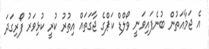
އެ ޖަމާއަތުން ބުނެފައިވަނީ ވޯލްޑް ކަޕްގެ ޖާގަތައް އިތުރު ކުރީ ކުޅިވަރު ފޯރިގަދަ